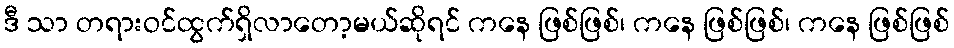
ဒီ သာ တရားဝင်ထွက်ရှိလာတော့မယ်ဆိုရင် ကနေ ဖြစ်ဖြစ်၊ ကနေ ဖြစ်ဖြစ်၊ ကနေ ဖြစ်ဖြစ်